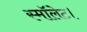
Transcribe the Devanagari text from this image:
स्मॉलेट।